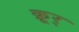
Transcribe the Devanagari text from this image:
क्रूर्